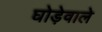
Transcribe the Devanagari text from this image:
घोड़ेवाले